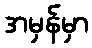
အမှန်မှာ